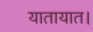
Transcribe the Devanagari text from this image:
यातायात।